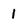
Character: 1